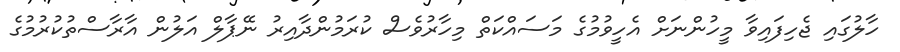
ހާލުގައި ޖެހިފައިވާ މީހުންނަށް އެހީވުމުގެ މަސައްކަތް މިހާރުވެސް ކުރަމުންދާއިރު ނޭޕާލް އަލުން އާރާސްތުކުރުމުގެ